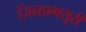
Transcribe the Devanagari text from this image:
जिनप्रभसूरी